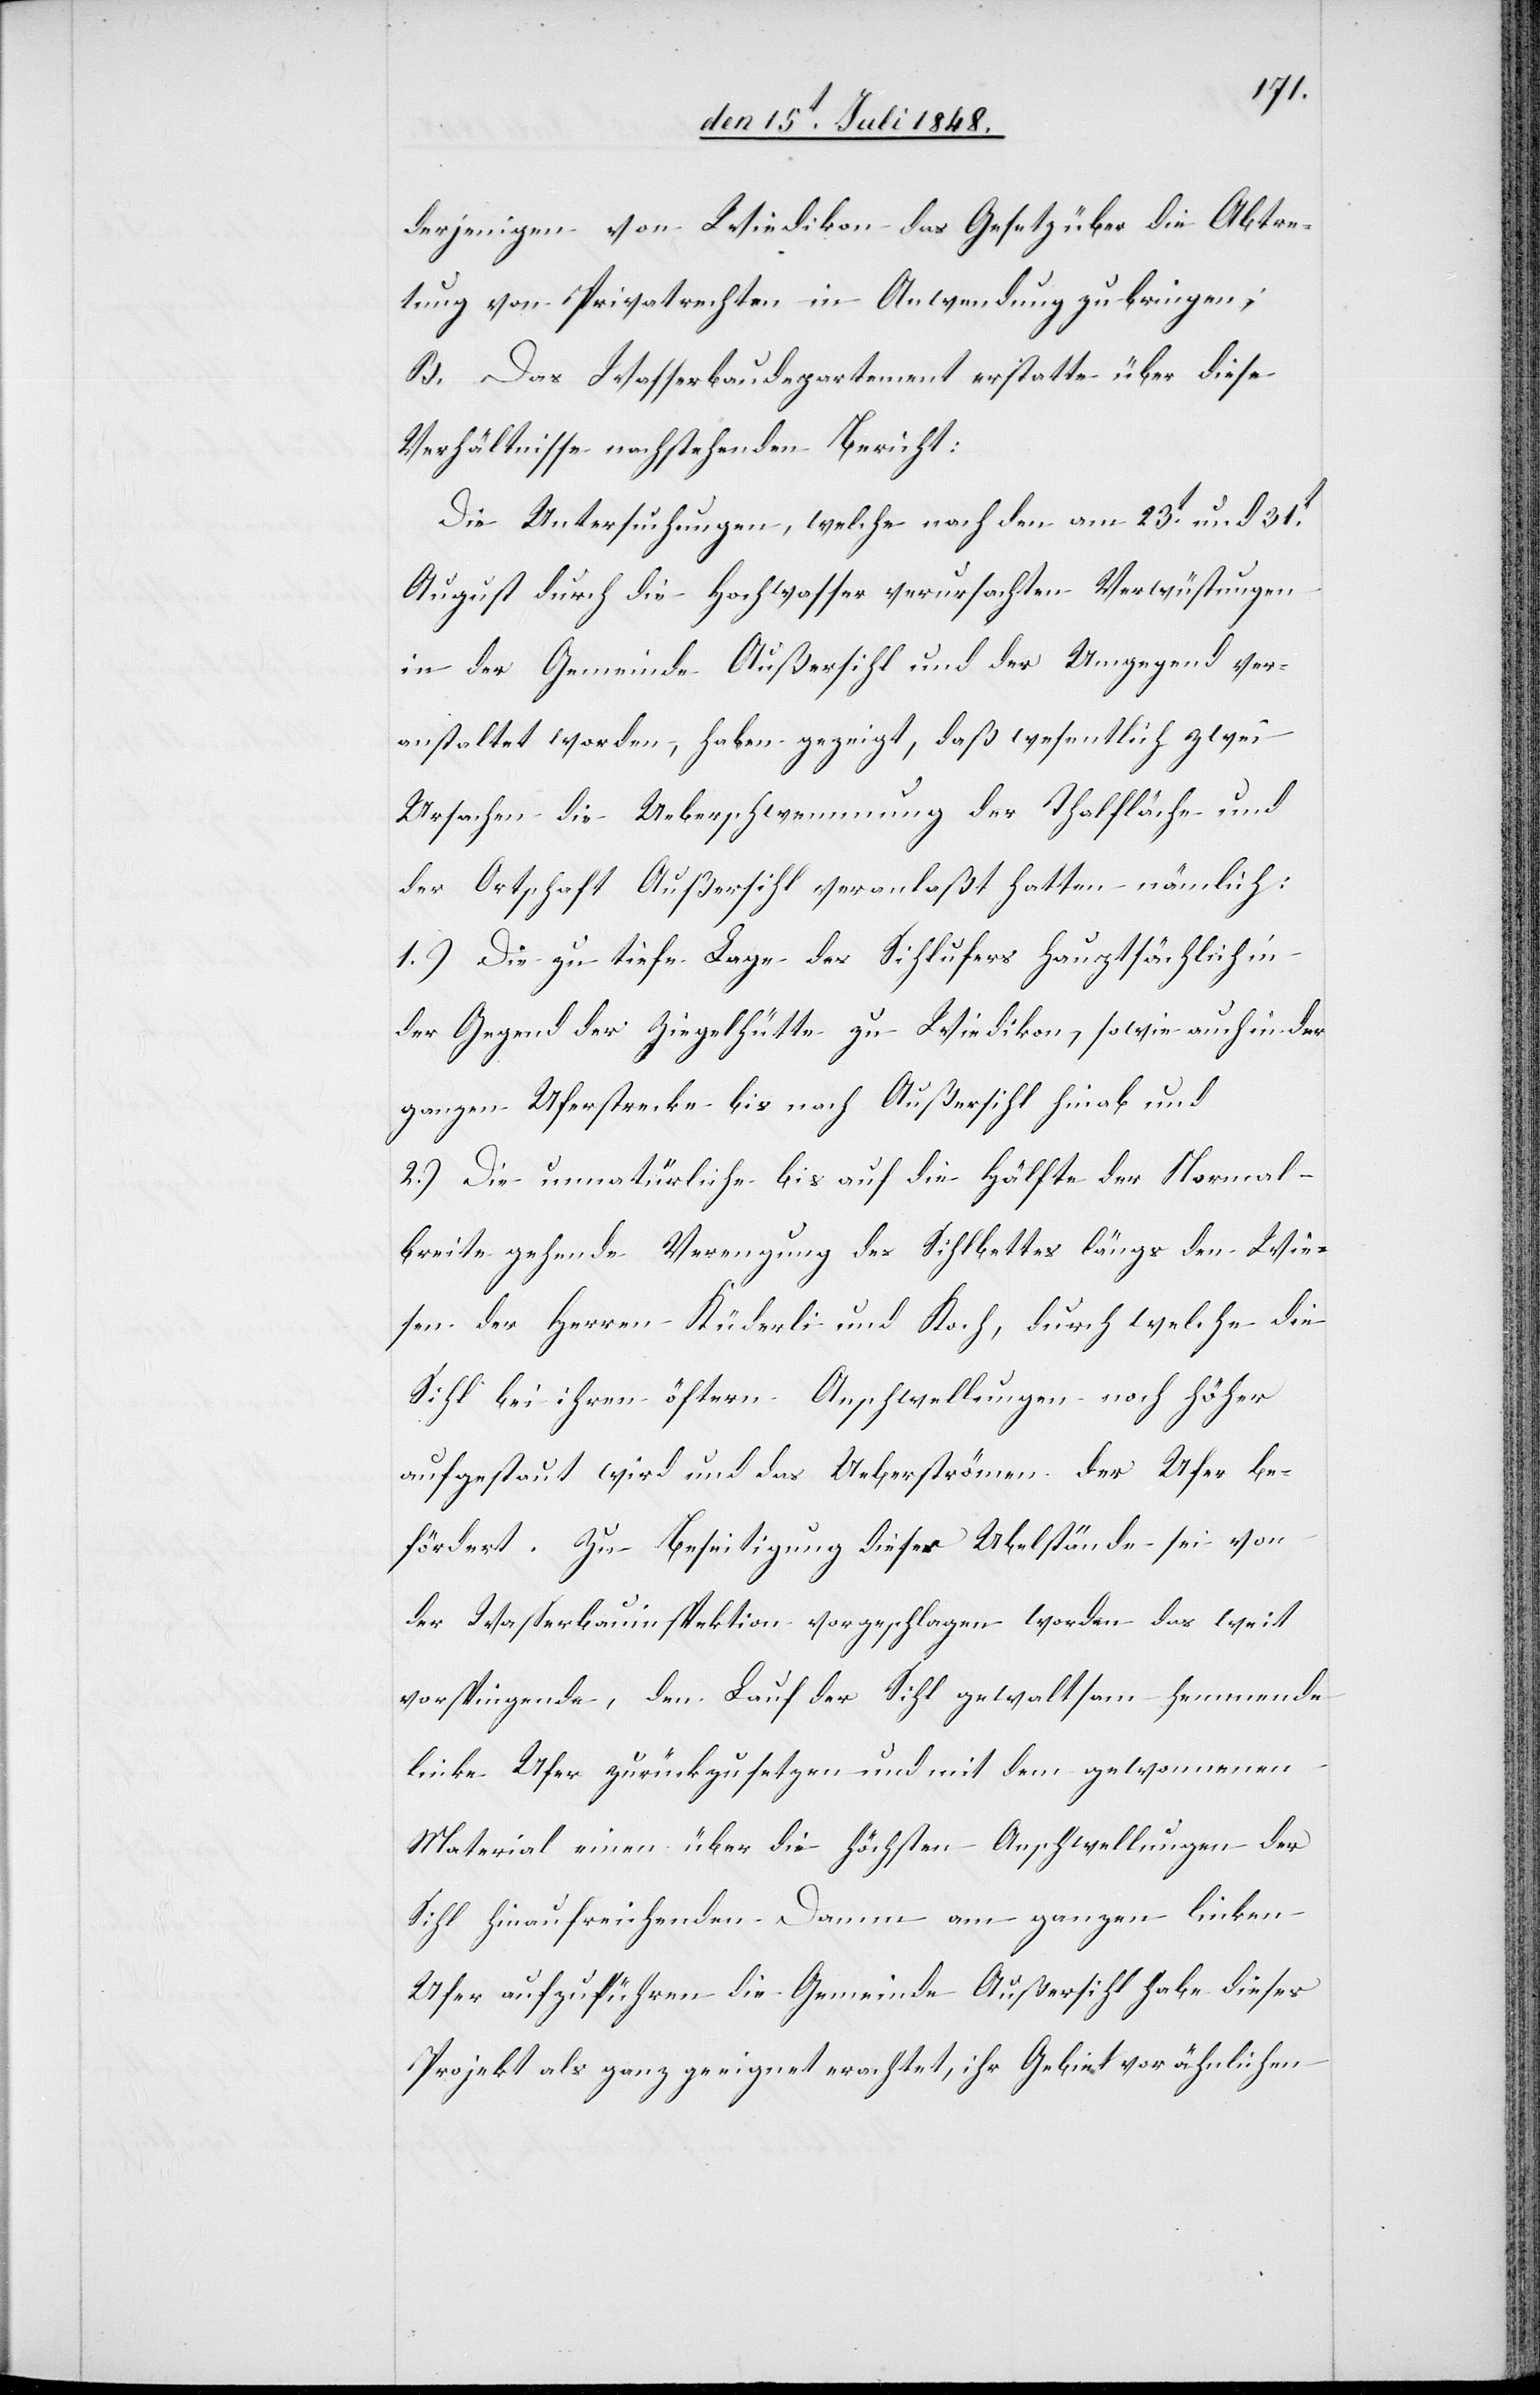
derjenigen von Wiedikon das Gesetz über die Abtre¬
tung von Privatrechten in Anwendung zu bringen;
B. Das Wasserbaudepartement erstatte über diese
Verhältnisse nachstehenden Bericht:
Die Untersuchungen, welche nach den am 23t und 31t
August durch die Hochwasser verursachten Verwüstungen
in der Gemeinde Außersihl und der Umgegend ver¬
anstaltet worden, haben gezeigt, daß wesentlich zwei
Ursachen die Ueberschwemmung der Thalfläche und
der Ortschaft Außersihl veranlaßt hatten nämlich:
1.) Die zu tiefe Lage des Sihlufers hauptsächlich in
der Gegend der Ziegelhütte zu Wiedikon, sowie auch in der
ganzen Uferstrecke bis nach Außersihl hinab und
2.) Die unnatürliche bis auf die Hälfte der Normal¬
breite gehende Verengung des Sihlbettes längs den Wie¬
sen der Herren Küderli und Koch, durch welche die
Sihl bei ihren öftern Anschwellungen noch höher
aufgestaut wird und das Ueberströmen der Ufer be¬
fördert. Zu Beseitigung dieser Ubelstände [sic!] sei von
der Wasserbauinspektion vorgeschlagen worden das weit
vorsteigende, den Lauf der Sihl gewaltsam hemmende
linke Ufer zurückzusetzen und mit dem gewonnenen
Material einen über die höchsten Anschwellungen der
Sihl hinaufreichenden Damm am ganzen linken
Ufer aufzuführen[.] die Gemeinde Außersihl habe dieses
Projekt als ganz geeignet erachtet, ihr Gebiet vor ähnlichen